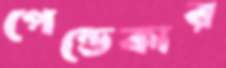
পেন্ডেকার